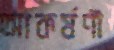
আকর্ষণী